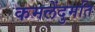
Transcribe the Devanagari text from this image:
कमलेंदुमति